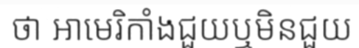
ថា អាមេរិកាំងជួយឬមិនជួយ